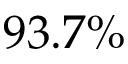
9 3 . 7 \%